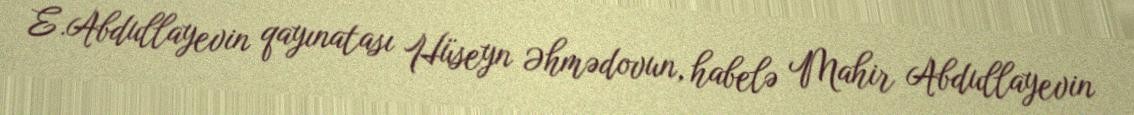
E.Abdullayevin qayınatası Hüseyn Əhmədovun, habelə Mahir Abdullayevin